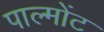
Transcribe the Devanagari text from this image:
पाल्मोंट